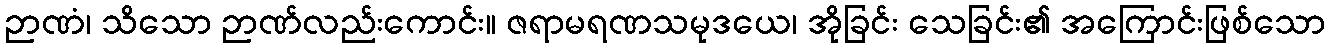
ဉာဏံ၊ သိသော ဉာဏ်လည်းကောင်း။ ဇရာမရဏသမုဒယေ၊ အိုခြင်း သေခြင်း၏ အကြောင်းဖြစ်သော